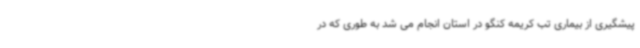
پیشگیری از بیماری تب کریمه کنگو در استان انجام می شد به طوری که در